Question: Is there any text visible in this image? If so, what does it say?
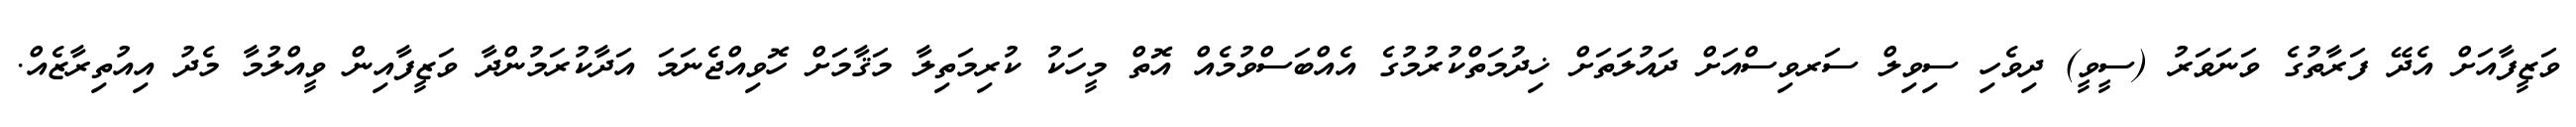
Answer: ވަޒީފާއަށް އެދޭ ފަރާތުގެ ވަނަވަރު (ސީވީ) ދިވެހި ސިވިލް ސަރވިސްއަށް ދައުލަތަށް ޚިދުމަތްކުރުމުގެ އެއްބަސްވުމެއް އޮތް މީހަކު ކުރިމަތިލާ މަޤާމަށް ހޮވިއްޖެނަމަ އަދާކުރަމުންދާ ވަޒީފާއިން ވީއްލުމާ މެދު އިއުތިރާޒެއް.